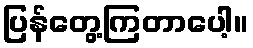
ပြန်တွေ့ကြတာပေါ့။